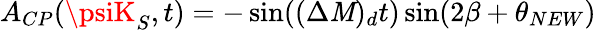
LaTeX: A_{CP}(\psiK_{S},t)=-\sin((\Delta\mathit{M})_{d}t)\sin(2\beta+\theta_{NEW})